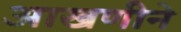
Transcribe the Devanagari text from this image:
आखणीने